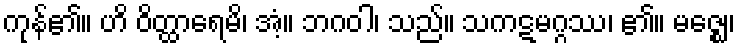
ကုန်၏။ ဟိ ဝိတ္ထာရေမိ၊ အံ့။ ဘဂဝါ၊ သည်။ သကဋမဂ္ဂဿ၊ ၏။ မဇ္ဈေ၊